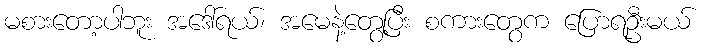
မစားတော့ပါဘူး အဒေါ်ရယ်၊ အမေနဲ့တွေ့ပြီး စကားတွေက ပြောရဦးမယ်